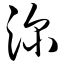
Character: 深